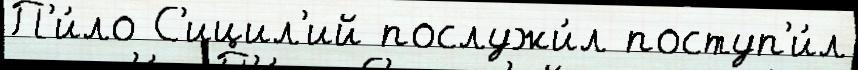
П'и́ло С'ицил'ий послужи́л поступ'и́л